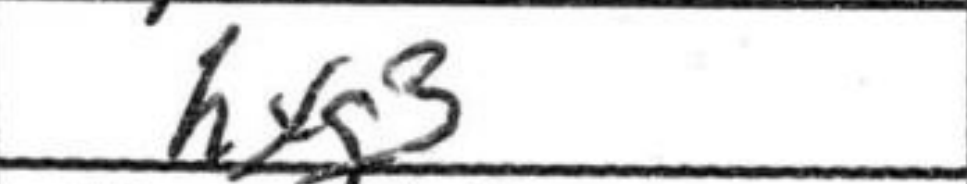
Transcription: hxg3